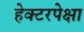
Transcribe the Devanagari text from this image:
हेक्टरपेक्षा